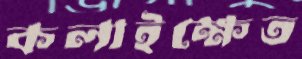
কলাইক্ষেত